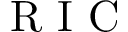
\mathrm { ~ R ~ I ~ C ~ }